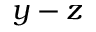
y - z